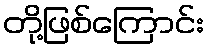
တို့ဖြစ်ကြောင်း